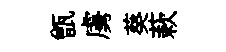
甑虜葵蔌